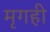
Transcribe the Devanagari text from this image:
मृगही